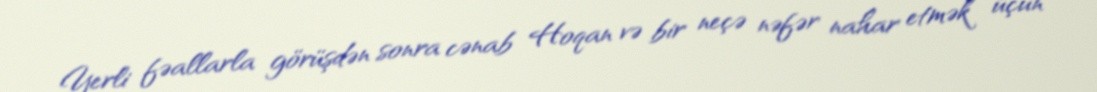
Yerli fəallarla görüşdən sonra cənab Hoqan və bir neçə nəfər nahar etmək üçün